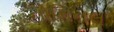
નોમિનલ